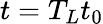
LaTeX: t=T_{L}t_{0}